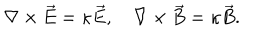
\nabla \times \vec { E } = \kappa \vec { E } , \quad \nabla \times \vec { B } = \kappa \vec { B } .